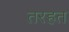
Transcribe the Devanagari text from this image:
तरहत